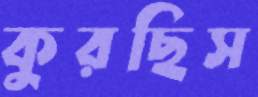
কুরছিস